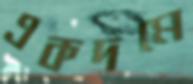
একদমে